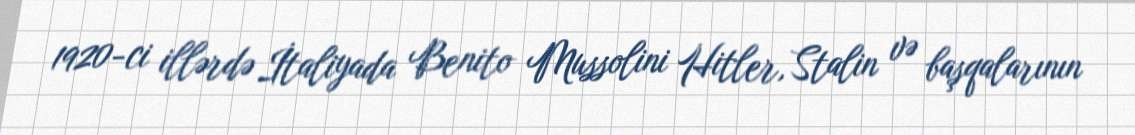
1920-ci illərdə İtaliyada Benito Mussolini Hitler, Stalin və başqalarının